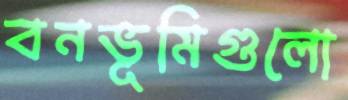
বনভূমিগুলো